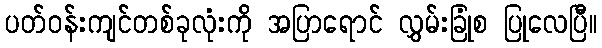
ပတ်ဝန်းကျင်တစ်ခုလုံးကို အပြာရောင် လွှမ်းခြုံစ ပြုလေပြီ။